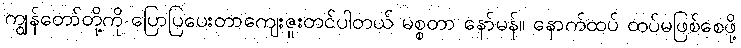
ကျွန်တော်တို့ကို ပြောပြပေးတာကျေးဇူးတင်ပါတယ် မစ္စတာ နော်မန်။ နောက်ထပ် ထပ်မဖြစ်စေဖို့